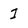
Character: I